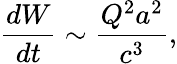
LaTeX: \frac{dW}{dt}\sim\frac{Q^{2}a^{2}}{c^{3}},